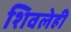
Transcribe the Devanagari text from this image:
शिवलेही